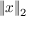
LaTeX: \| { \boldsymbol { x } } \| _ { 2 }